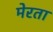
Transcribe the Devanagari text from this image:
मेरता